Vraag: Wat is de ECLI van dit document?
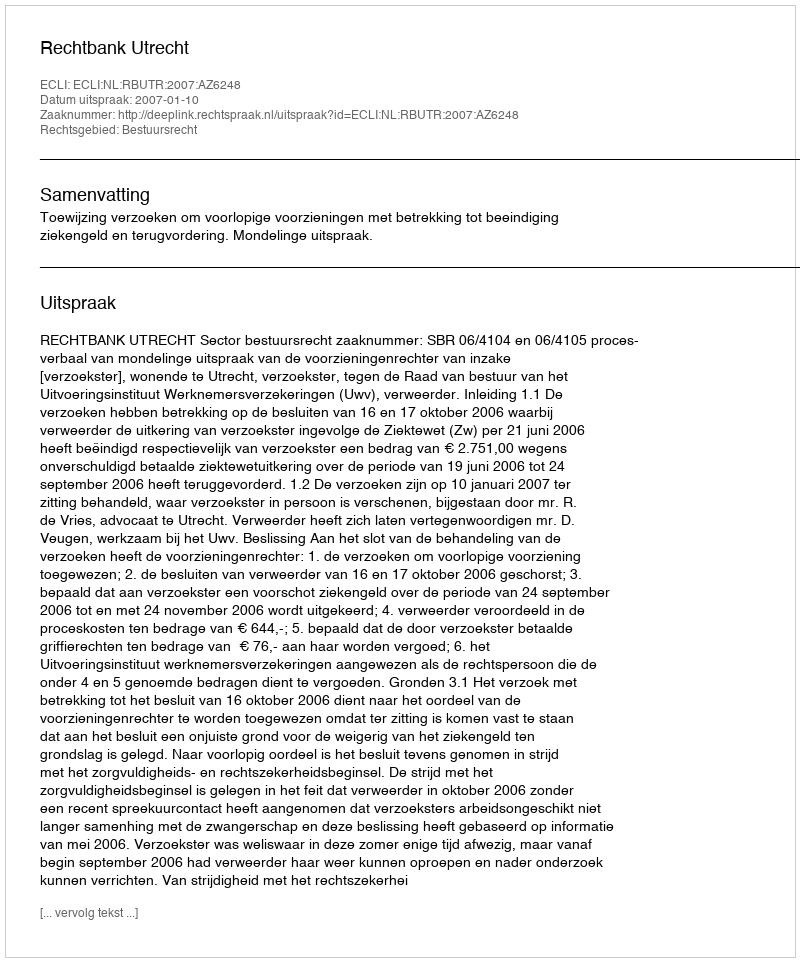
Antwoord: ECLI:NL:RBUTR:2007:AZ6248